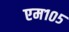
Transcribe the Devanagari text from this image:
एम१०५